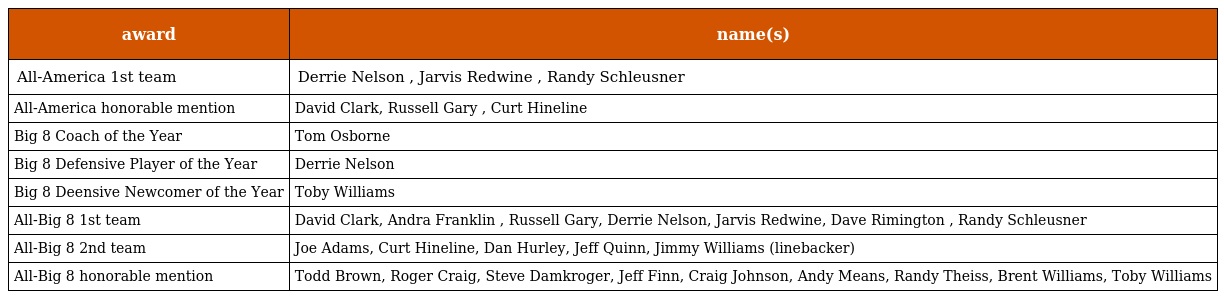
| award | name(s) |
 | --- | --- |
 | All-America 1st team | Derrie Nelson , Jarvis Redwine , Randy Schleusner |
 | All-America honorable mention | David Clark, Russell Gary , Curt Hineline |
 | Big 8 Coach of the Year | Tom Osborne |
 | Big 8 Defensive Player of the Year | Derrie Nelson |
 | Big 8 Deensive Newcomer of the Year | Toby Williams |
 | All-Big 8 1st team | David Clark, Andra Franklin , Russell Gary, Derrie Nelson, Jarvis Redwine, Dave Rimington , Randy Schleusner |
 | All-Big 8 2nd team | Joe Adams, Curt Hineline, Dan Hurley, Jeff Quinn, Jimmy Williams (linebacker) |
 | All-Big 8 honorable mention | Todd Brown, Roger Craig, Steve Damkroger, Jeff Finn, Craig Johnson, Andy Means, Randy Theiss, Brent Williams, Toby Williams |